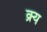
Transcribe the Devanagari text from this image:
क्र्य